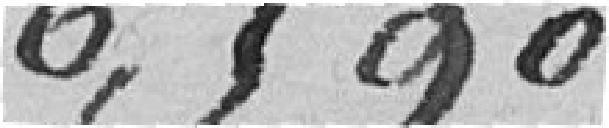
6,590.